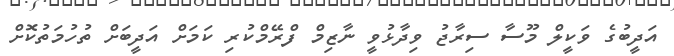
އަދީބުގެ ވަކީލް މޫސާ ސިރާޖު ވިދާޅުވީ ނާޒިމް ފްރޭމްކުރި ކަމަށް އަދީބަށް ތުހުމަތުކޮށް